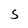
Character: S